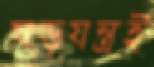
ষড়যন্ত্রই